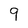
Character: 9